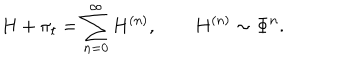
H + \pi _ { t } = \sum _ { n = 0 } ^ { \infty } H ^ { ( n ) } , \qquad H ^ { ( n ) } \sim \Phi ^ { n } .